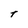
Character: t